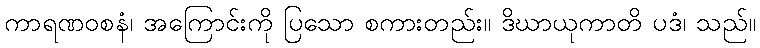
ကာရဏဝစနံ၊ အကြောင်းကို ပြသော စကားတည်း။ ဒိဃာယုကာတိ ပဒံ၊ သည်။